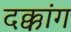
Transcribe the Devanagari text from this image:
दक्कांग